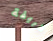
طريفة